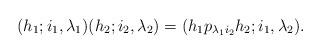
LaTeX: \begin{align*}(h_1; i_1, \lambda_1)(h_2; i_2, \lambda_2)=(h_1 p_{\lambda_1 i_2} h_2; i_1, \lambda_2).\end{align*}